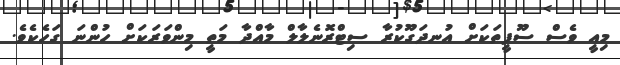
މިއީ ވެސް ސޫފީތަކަށް އުނދަގޫކުރާ ސިޓްރޮނެލާލް މާއްދާ މަތީ މިންވަރަކަށް ހުންނަ ގަހެކެވެ.